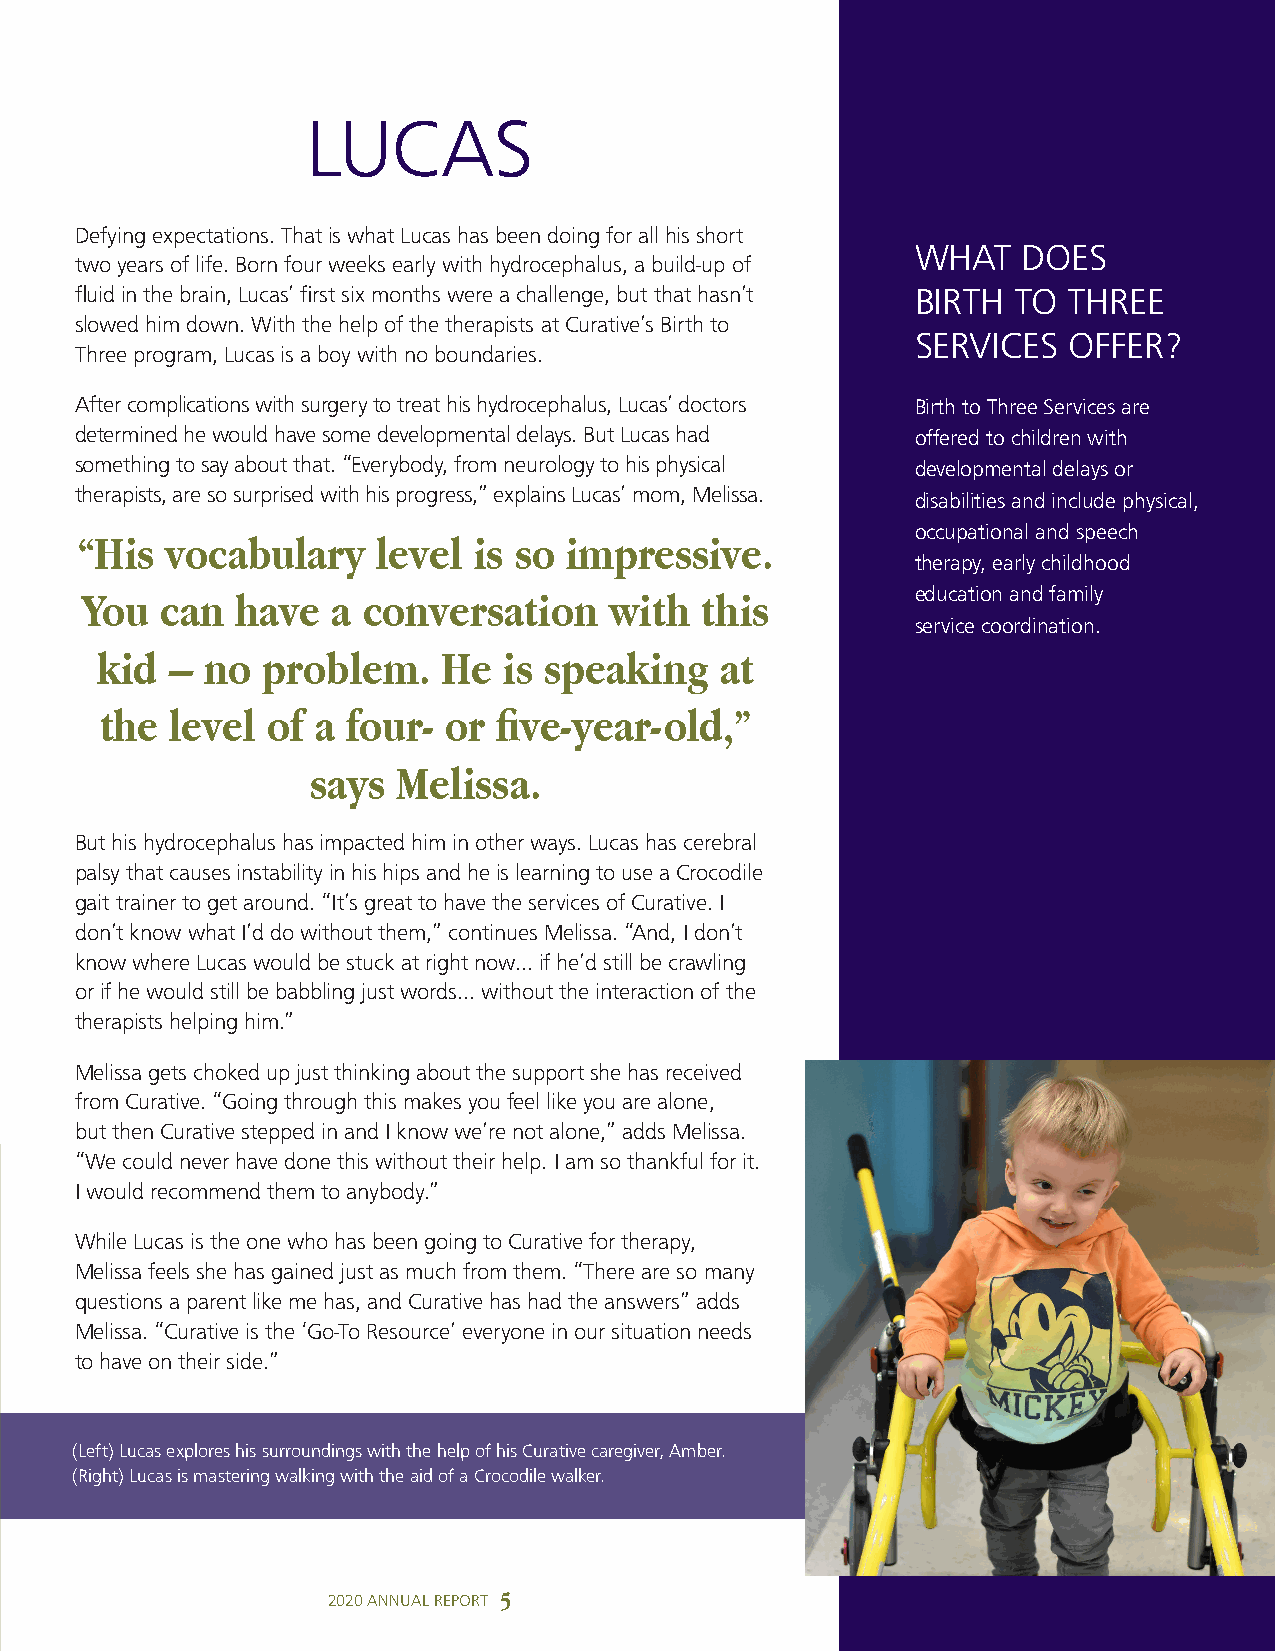
LUCAS
 Defying expectations. That is what Lucas has been doing for all his short
 WHAT   DOES
 two years of life. Born four weeks early with hydrocephalus, a build-up of
 fluid in the brain, Lucas’ first six months were a challenge, but that hasn’t BIRTH TO THREE
 slowed him down. With the help of the therapists at Curative’s Birth to
 SERVICES  OFFER?
 Three program, Lucas is a boy with no boundaries.
 After complications with surgery to treat his hydrocephalus, Lucas’ doctors Birth to Three Services are
 determined he would have some developmental delays. But Lucas had offered to children with
 something to say about that. “Everybody, from neurology to his physical developmental delays or
 therapists, are so surprised with his progress,” explains Lucas’ mom, Melissa.
 disabilities and include physical,
 occupational and speech
 “His  vocabulary    level is so impressive.
 therapy, early childhood
 You   can  have  a conversation    with  this           education and family
 service coordination.
 kid  –  no problem.    He  is speaking    at
 the level  of a four- or  five-year-old,”
 says Melissa.
 But his hydrocephalus has impacted him in other ways. Lucas has cerebral
 palsy that causes instability in his hips and he is learning to use a Crocodile
 gait trainer to get around. “It’s great to have the services of Curative. I
 don’t know what I’d do without them,” continues Melissa. “And, I don’t
 know where Lucas would be stuck at right now… if he’d still be crawling
 or if he would still be babbling just words… without the interaction of the
 therapists helping him.”
 Melissa gets choked up just thinking about the support she has received
 from Curative. “Going through this makes you feel like you are alone,
 but then Curative stepped in and I know we’re not alone,” adds Melissa.
 “We could never have done this without their help. I am so thankful for it.
 I would recommend them to anybody.”
 While Lucas is the one who has been going to Curative for therapy,
 Melissa feels she has gained just as much from them. “There are so many
 questions a parent like me has, and Curative has had the answers” adds
 Melissa. “Curative is the ‘Go-To Resource’ everyone in our situation needs
 to have on their side.”
 (Left) Lucas explores his surroundings with the help of his Curative caregiver, Amber.
 (Right) Lucas is mastering walking with the aid of a Crocodile walker.
 2020 ANNUAL REPORT 5